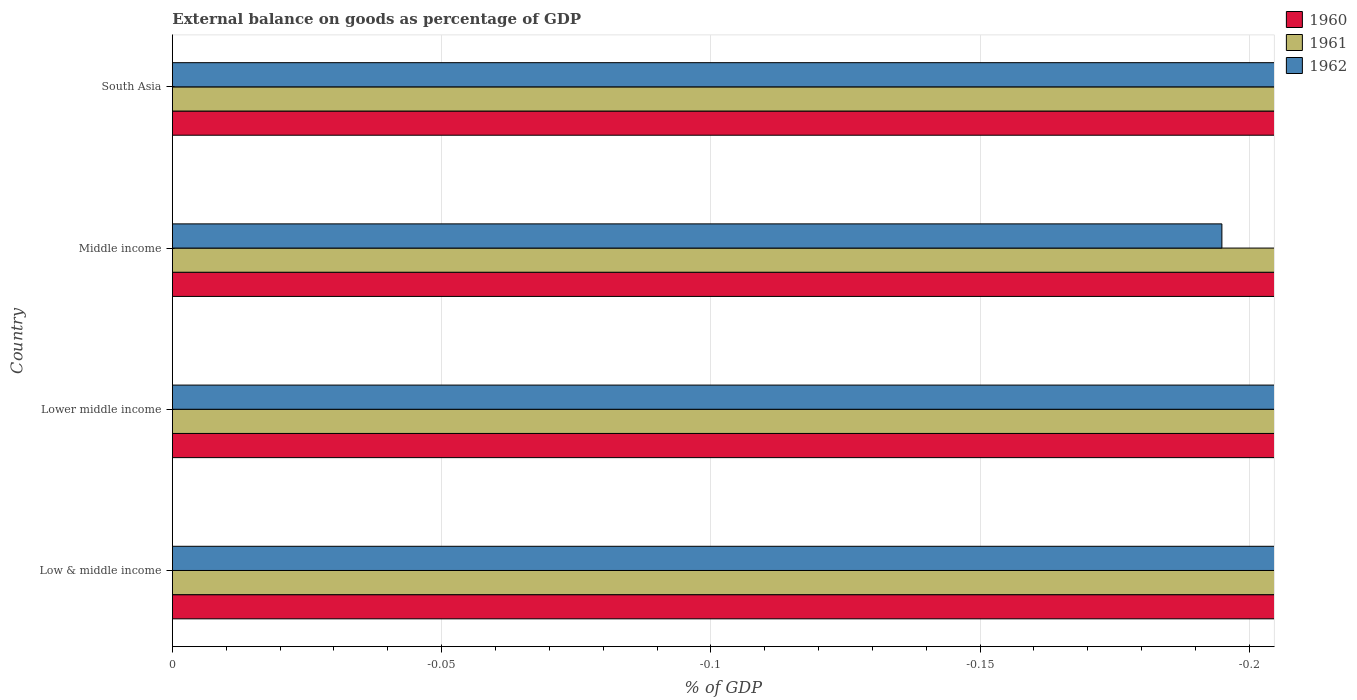
| Country | 1960 | 1961 | 1962 |
 | --- | --- | --- | --- |
 | Low & middle income | -0.853 | -0.734 | -0.236 |
 | Lower middle income | -1.25 | -2.11 | -1.48 |
 | Middle income | -0.829 | -0.71 | -0.195 |
 | South Asia | -2.13 | -1.57 | -1.71 |